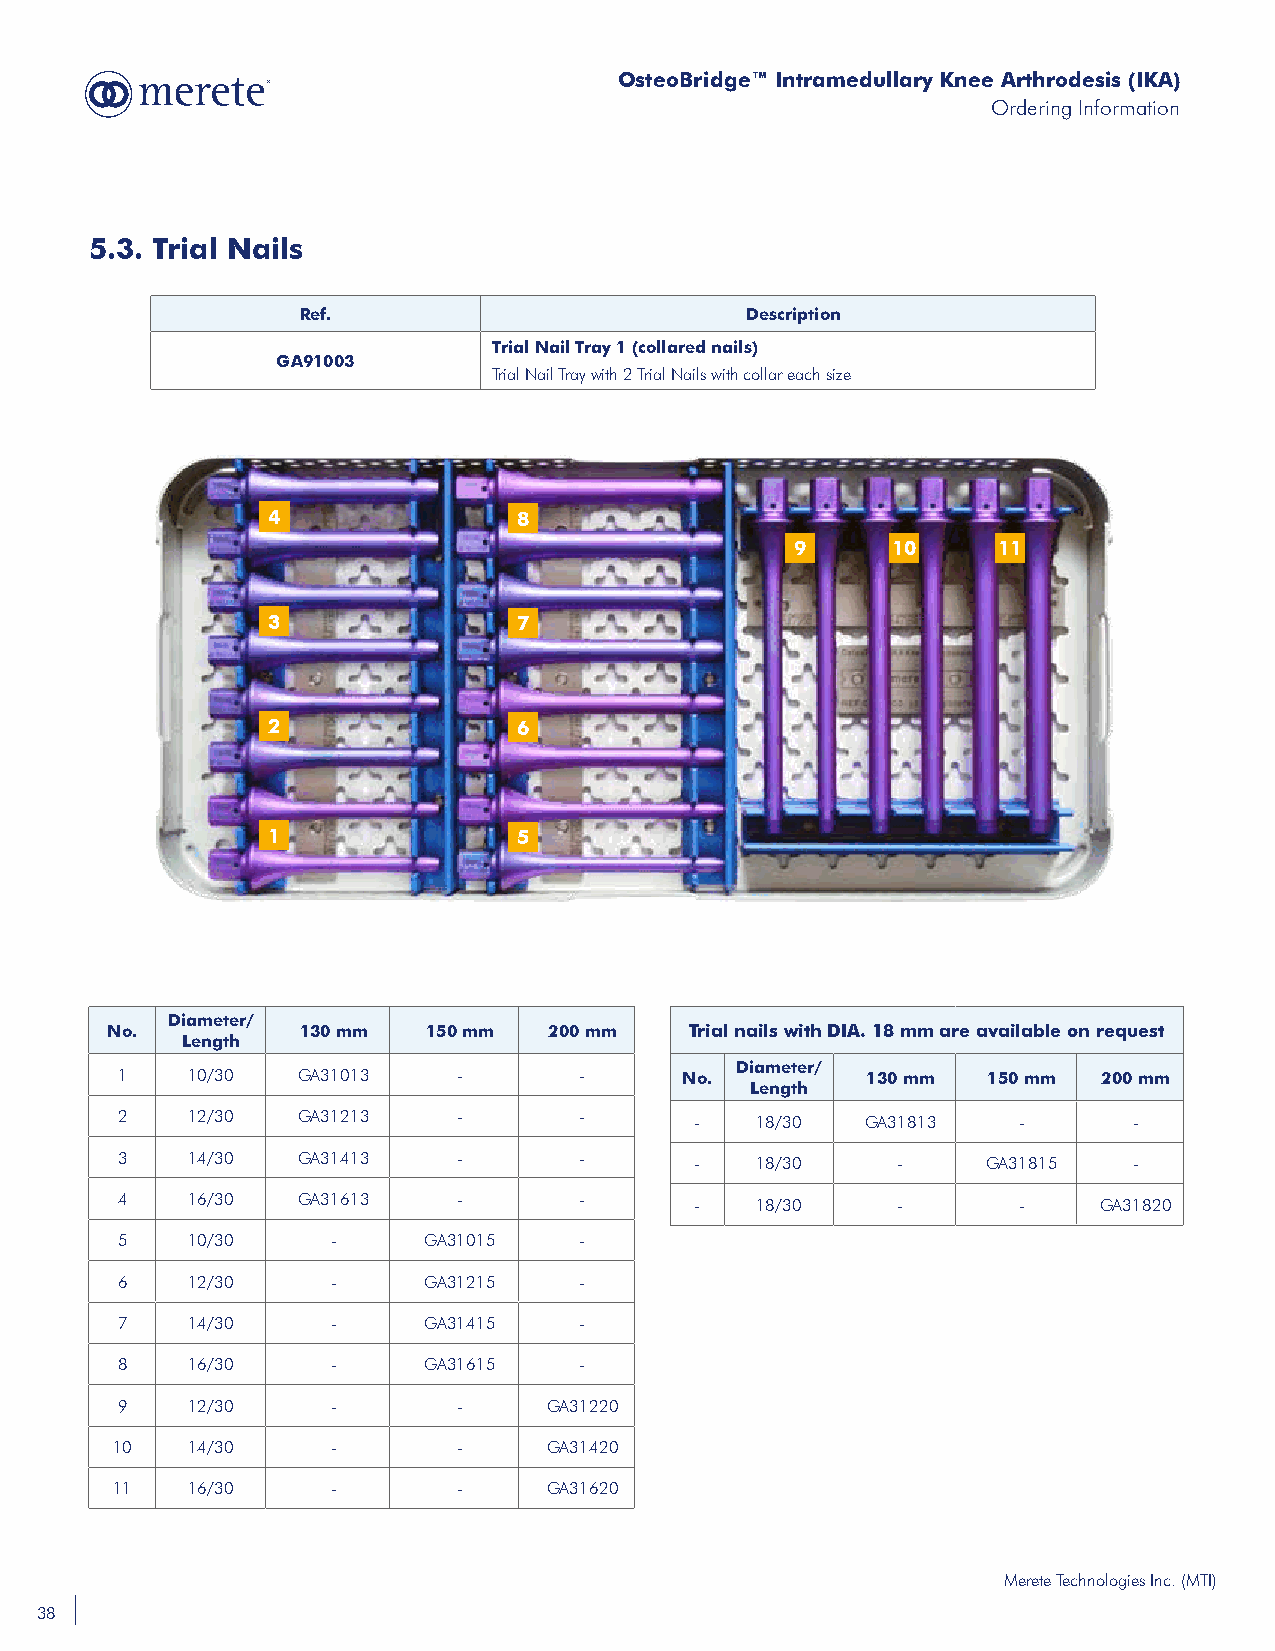
OsteoBridge™ Intramedullary Knee Arthrodesis (IKA)
 Ordering Information
 5.3. Trial Nails
 Ref.                         Description
 Trial Nail Tray 1 (collared nails)
 GA91003
 Trial Nail Tray with 2 Trial Nails with collar each size
 4               8
 9     10     11
 3               7
 2               6
 1               5
 Diameter/
 No.          130 mm  150 mm  200 mm    Trial nails with DIA. 18 mm are available on request
 Length
 Diameter/
 1   10/30   GA31013   -       -      No.         130 mm  150 mm  200 mm
 Length
 2   12/30   GA31213   -       -       -   18/30  GA31813   -       -
 3   14/30   GA31413   -       -       -   18/30    -     GA31815   -
 4   16/30   GA31613   -       -       -   18/30    -       -     GA31820
 5   10/30     -     GA31015   -
 6   12/30     -     GA31215   -
 7   14/30     -     GA31415   -
 8   16/30     -     GA31615   -
 9   12/30     -       -     GA31220
 10   14/30     -       -     GA31420
 11   16/30     -       -     GA31620
 Merete Technologies Inc. (MTI)
 38